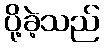
ပို့ခဲ့သည်